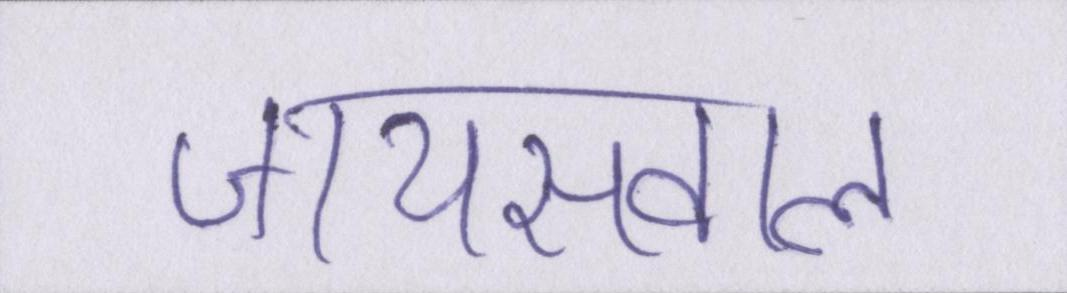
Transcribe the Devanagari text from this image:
जायसवाल